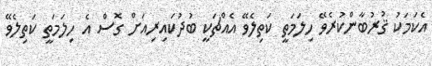
އެކަމަކު ޤުރުބާންކުރެވޭ ހިލަމަތީ ކަތިލެވޭ އެއްޗަކީ ބުދުކައިރިއަށް ގޮސް އެ ހިލަމަތީ ކަތިލެވޭ